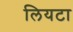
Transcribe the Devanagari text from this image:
लियटा